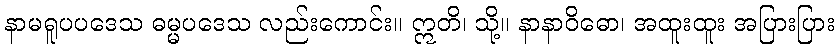
နာမရူပပဒေသ ဓမ္မပဒေသ လည်းကောင်း။ ဣတိ၊ သို့။ နာနာဝိဓော၊ အထူးထူး အပြားပြား